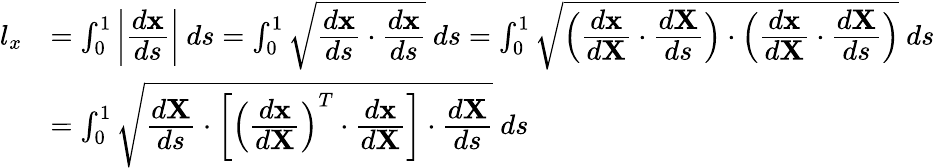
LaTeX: {\begin{array}{rl}{l_{x}}&{=\int_{0}^{1}\left|{\cfrac{d\mathbf{x}}{ds}}\right|~ds=\int_{0}^{1}{\sqrt{{\cfrac{d\mathbf{x}}{ds}}\cdot{\cfrac{d\mathbf{x}}{ds}}}}~ds=\int_{0}^{1}{\sqrt{\left({\cfrac{d\mathbf{x}}{d\mathbf{X}}}\cdot{\cfrac{d\mathbf{X}}{ds}}\right)\cdot\left({\cfrac{d\mathbf{x}}{d\mathbf{X}}}\cdot{\cfrac{d\mathbf{X}}{ds}}\right)}}~ds}\\ &{=\int_{0}^{1}{\sqrt{{\cfrac{d\mathbf{X}}{ds}}\cdot\left[\left({\cfrac{d\mathbf{x}}{d\mathbf{X}}}\right)^{T}\cdot{\cfrac{d\mathbf{x}}{d\mathbf{X}}}\right]\cdot{\cfrac{d\mathbf{X}}{ds}}}}~ds}\end{array}}